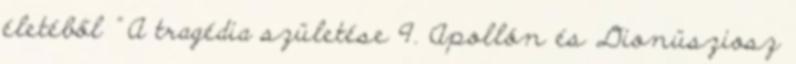
életéből ” A tragédia születése 9. Apollón és Dionüsziosz